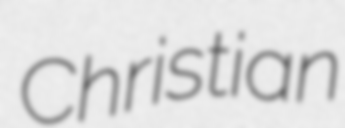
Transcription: Christian